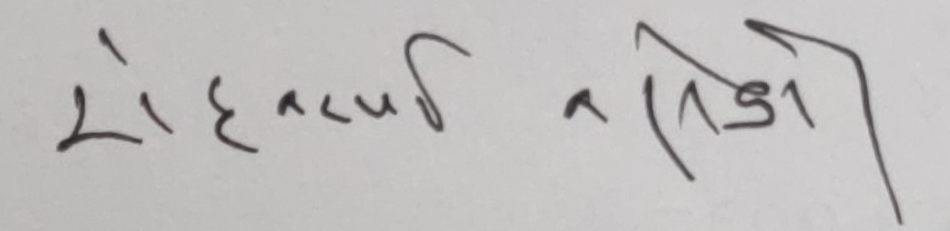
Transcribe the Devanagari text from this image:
रोहनकर्ण राई